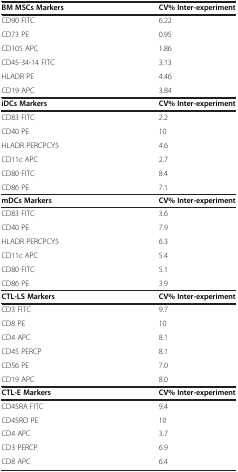
| BM MSCs Markers | CV% Inter-experiment |
 | --- | --- |
 | CD90 FITC | 6.22 |
 | CD73 PE | 0.95 |
 | CD105 APC | 1.86 |
 | CD45-34-14 FITC | 3.13 |
 | HLADR PE | 4.46 |
 | CD19 APC | 3.84 |
 | iDCs Markers | CV% Inter-experiment |
 | CD83 FITC | 2.2 |
 | CD40 PE | 10 |
 | HLADR PERCPCY5 | 4.6 |
 | CD11c APC | 2.7 |
 | CD80 FITC | 8.4 |
 | CD86 PE | 7.1 |
 | mDCs Markers | CV% Inter-experiment |
 | CD83 FITC | 3.6 |
 | CD40 PE | 7.9 |
 | HLADR PERCPCY5 | 6.3 |
 | CD11c APC | 5.4 |
 | CD80 FITC | 5.1 |
 | CD86 PE | 3.9 |
 | CTL-LS Markers | CV% Inter-experiment |
 | CD3 FITC | 9.7 |
 | CD8 PE | 10 |
 | CD4 APC | 8.1 |
 | CD45 PERCP | 8.1 |
 | CD56 PE | 7.0 |
 | CD19 APC | 8.0 |
 | CTL-E Markers | CV% Inter-experiment |
 | CD45RA FITC | 9.4 |
 | CD45RO PE | 10 |
 | CD4 APC | 3.7 |
 | CD3 PERCP | 6.9 |
 | CD8 APC | 6.4 |